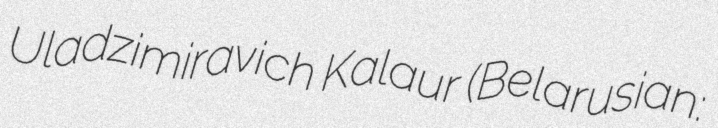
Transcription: Uladzimiravich Kalaur (Belarusian: Павел